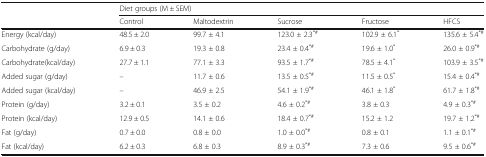
| <ROWSPAN=2>  | <COLSPAN=5> Diet groups (M ± SEM) |
 | Control | Maltodextrin | Sucrose | Fructose | HFCS |
 | --- | --- | --- | --- | --- | --- |
 | Energy (kcal/day) | 48.5 ± 2.0 | 99.7 ± 4.1 | 123.0 ± 2.3*# | 102.9 ± 6.1* | 135.6 ± 5.4*# |
 | Carbohydrate (g/day) | 6.9 ± 0.3 | 19.3 ± 0.8 | 23.4 ± 0.4*# | 19.6 ± 1.0* | 26.0 ± 0.9*# |
 | Carbohydrate(kcal/day) | 27.7 ± 1.1 | 77.1 ± 3.3 | 93.5 ± 1.7*# | 78.5 ± 4.1* | 103.9 ± 3.5*# |
 | Added sugar (g/day) | – | 11.7 ± 0.6 | 13.5 ± 0.5*# | 11.5 ± 0.5* | 15.4 ± 0.4*# |
 | Added sugar (kcal/day) | – | 46.9 ± 2.5 | 54.1 ± 1.9*# | 46.1 ± 1.8* | 61.7 ± 1.8*# |
 | Protein (g/day) | 3.2 ± 0.1 | 3.5 ± 0.2 | 4.6 ± 0.2*# | 3.8 ± 0.3 | 4.9 ± 0.3*# |
 | Protein (kcal/day) | 12.9 ± 0.5 | 14.1 ± 0.6 | 18.4 ± 0.7*# | 15.2 ± 1.2 | 19.7 ± 1.2*# |
 | Fat (g/day) | 0.7 ± 0.0 | 0.8 ± 0.0 | 1.0 ± 0.0*# | 0.8 ± 0.1 | 1.1 ± 0.1*# |
 | Fat (kcal/day) | 6.2 ± 0.3 | 6.8 ± 0.3 | 8.9 ± 0.3*# | 7.3 ± 0.6 | 9.5 ± 0.6*# |